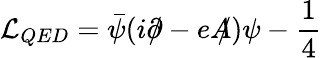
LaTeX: \mathcal{L}_{QED}=\bar{\psi}(i\partial\! \! \! /-eA\! \! \! /)\psi-\frac{1}{4}